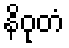
နိဝုတံ